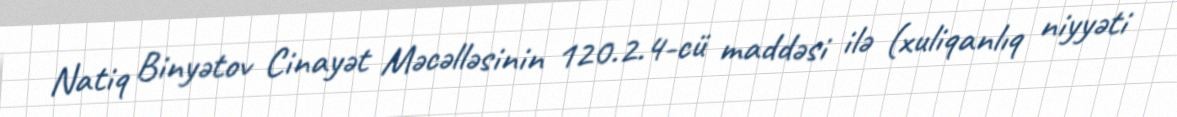
Natiq Binyətov Cinayət Məcəlləsinin 120.2.4-cü maddəsi ilə (xuliqanlıq niyyəti